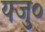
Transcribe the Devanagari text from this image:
यजु०